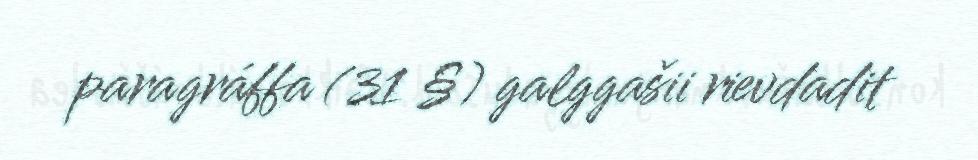
paragráffa (31 §) galggašii rievdadit